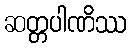
ဆတ္တပါဏိဿ